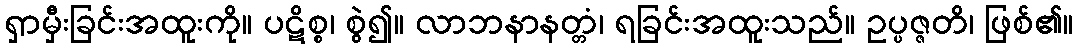
ရှာမှီးခြင်းအထူးကို။ ပဋိစ္စ၊ စွဲ၍။ လာဘနာနတ္တံ၊ ရခြင်းအထူးသည်။ ဥပ္ပဇ္ဇတိ၊ ဖြစ်၏။